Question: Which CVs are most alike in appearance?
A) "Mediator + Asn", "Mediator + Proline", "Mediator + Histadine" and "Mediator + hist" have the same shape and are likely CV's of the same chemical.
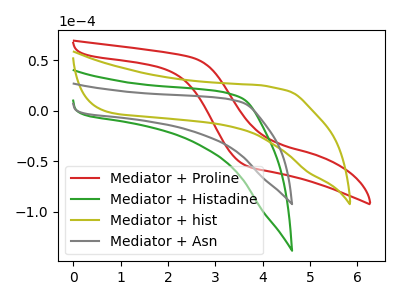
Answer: <think>The red curve "Mediator + Proline" has no peaks. The green curve "Mediator + Histadine" has no peaks. The olive curve "Mediator + hist" has no peaks. The gray curve "Mediator + Asn" has no peaks.
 Neither "Mediator + Proline" or "Mediator + Histadine" have any peaks. Neither "Mediator + Proline" or "Mediator + hist" have any peaks. Neither "Mediator + Proline" or "Mediator + Asn" have any peaks. Neither "Mediator + Histadine" or "Mediator + hist" have any peaks. Neither "Mediator + Histadine" or "Mediator + Asn" have any peaks. Neither "Mediator + hist" or "Mediator + Asn" have any peaks.</think>
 <answer>A) "Mediator + Asn", "Mediator + Proline", "Mediator + Histadine" and "Mediator + hist" have the same shape and are likely CV's of the same chemical.</answer>
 <eval>A</eval>